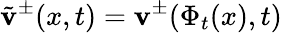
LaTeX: \tilde{\mathbf{v}}^{\pm}(x,t)=\mathbf{v}^{\pm}(\Phi_{t}(x),t)